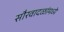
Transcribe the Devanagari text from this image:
सौरवादळांमध्ये